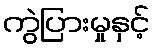
ကွဲပြားမှုနှင့်